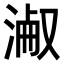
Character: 𣸎